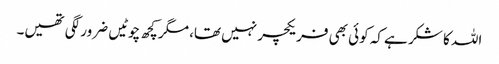
اللہ کا شکر ہے کہ کوئی بھی فریکچر نہیں تھا، مگر کچھ چوٹیں ضرور لگی تھیں۔